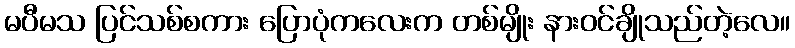
မပီမသ ပြင်သစ်စကား ပြောပုံကလေးက တစ်မျိုး နားဝင်ချိုသည်တဲ့လေ။